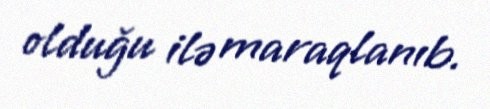
olduğu ilə maraqlanıb.